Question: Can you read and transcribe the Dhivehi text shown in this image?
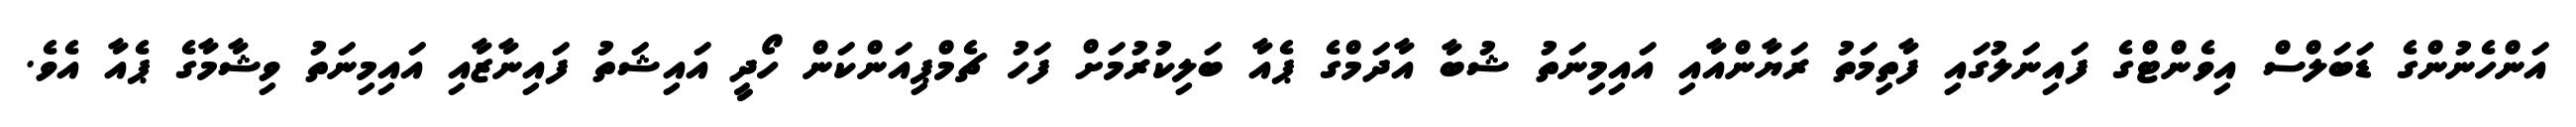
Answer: އަންހެނުންގެ ޑަބަލްސް އިވެންޓްގެ ފައިނަލުގައި ފާތިމަތު ރަޔާންއާއި އައިމިނަތު ޝުބާ އާދަމްގެ ޕެއާ ބަލިކުރުމަށް ފަހު ޗެމްޕިއަންކަން ހޯދީ އައިޝަތު ފައިނާޒާއި އައިމިނަތު ވިޝާމާގެ ޕެއާ އެވެ.